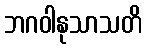
ဘဂဝါနုသာသတိ